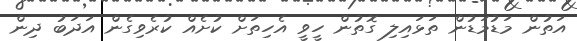
އަތުން މަޑުމަޑުން ތަޅައިލި ގޮތުން ހީވީ އެހިތަށް ކުށެއް ކުރެވިގެން އަދަބު ދިން